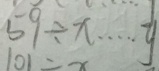
5 9 \div x \cdots y